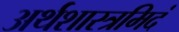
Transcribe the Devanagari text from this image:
अर्थशास्त्रमिदं